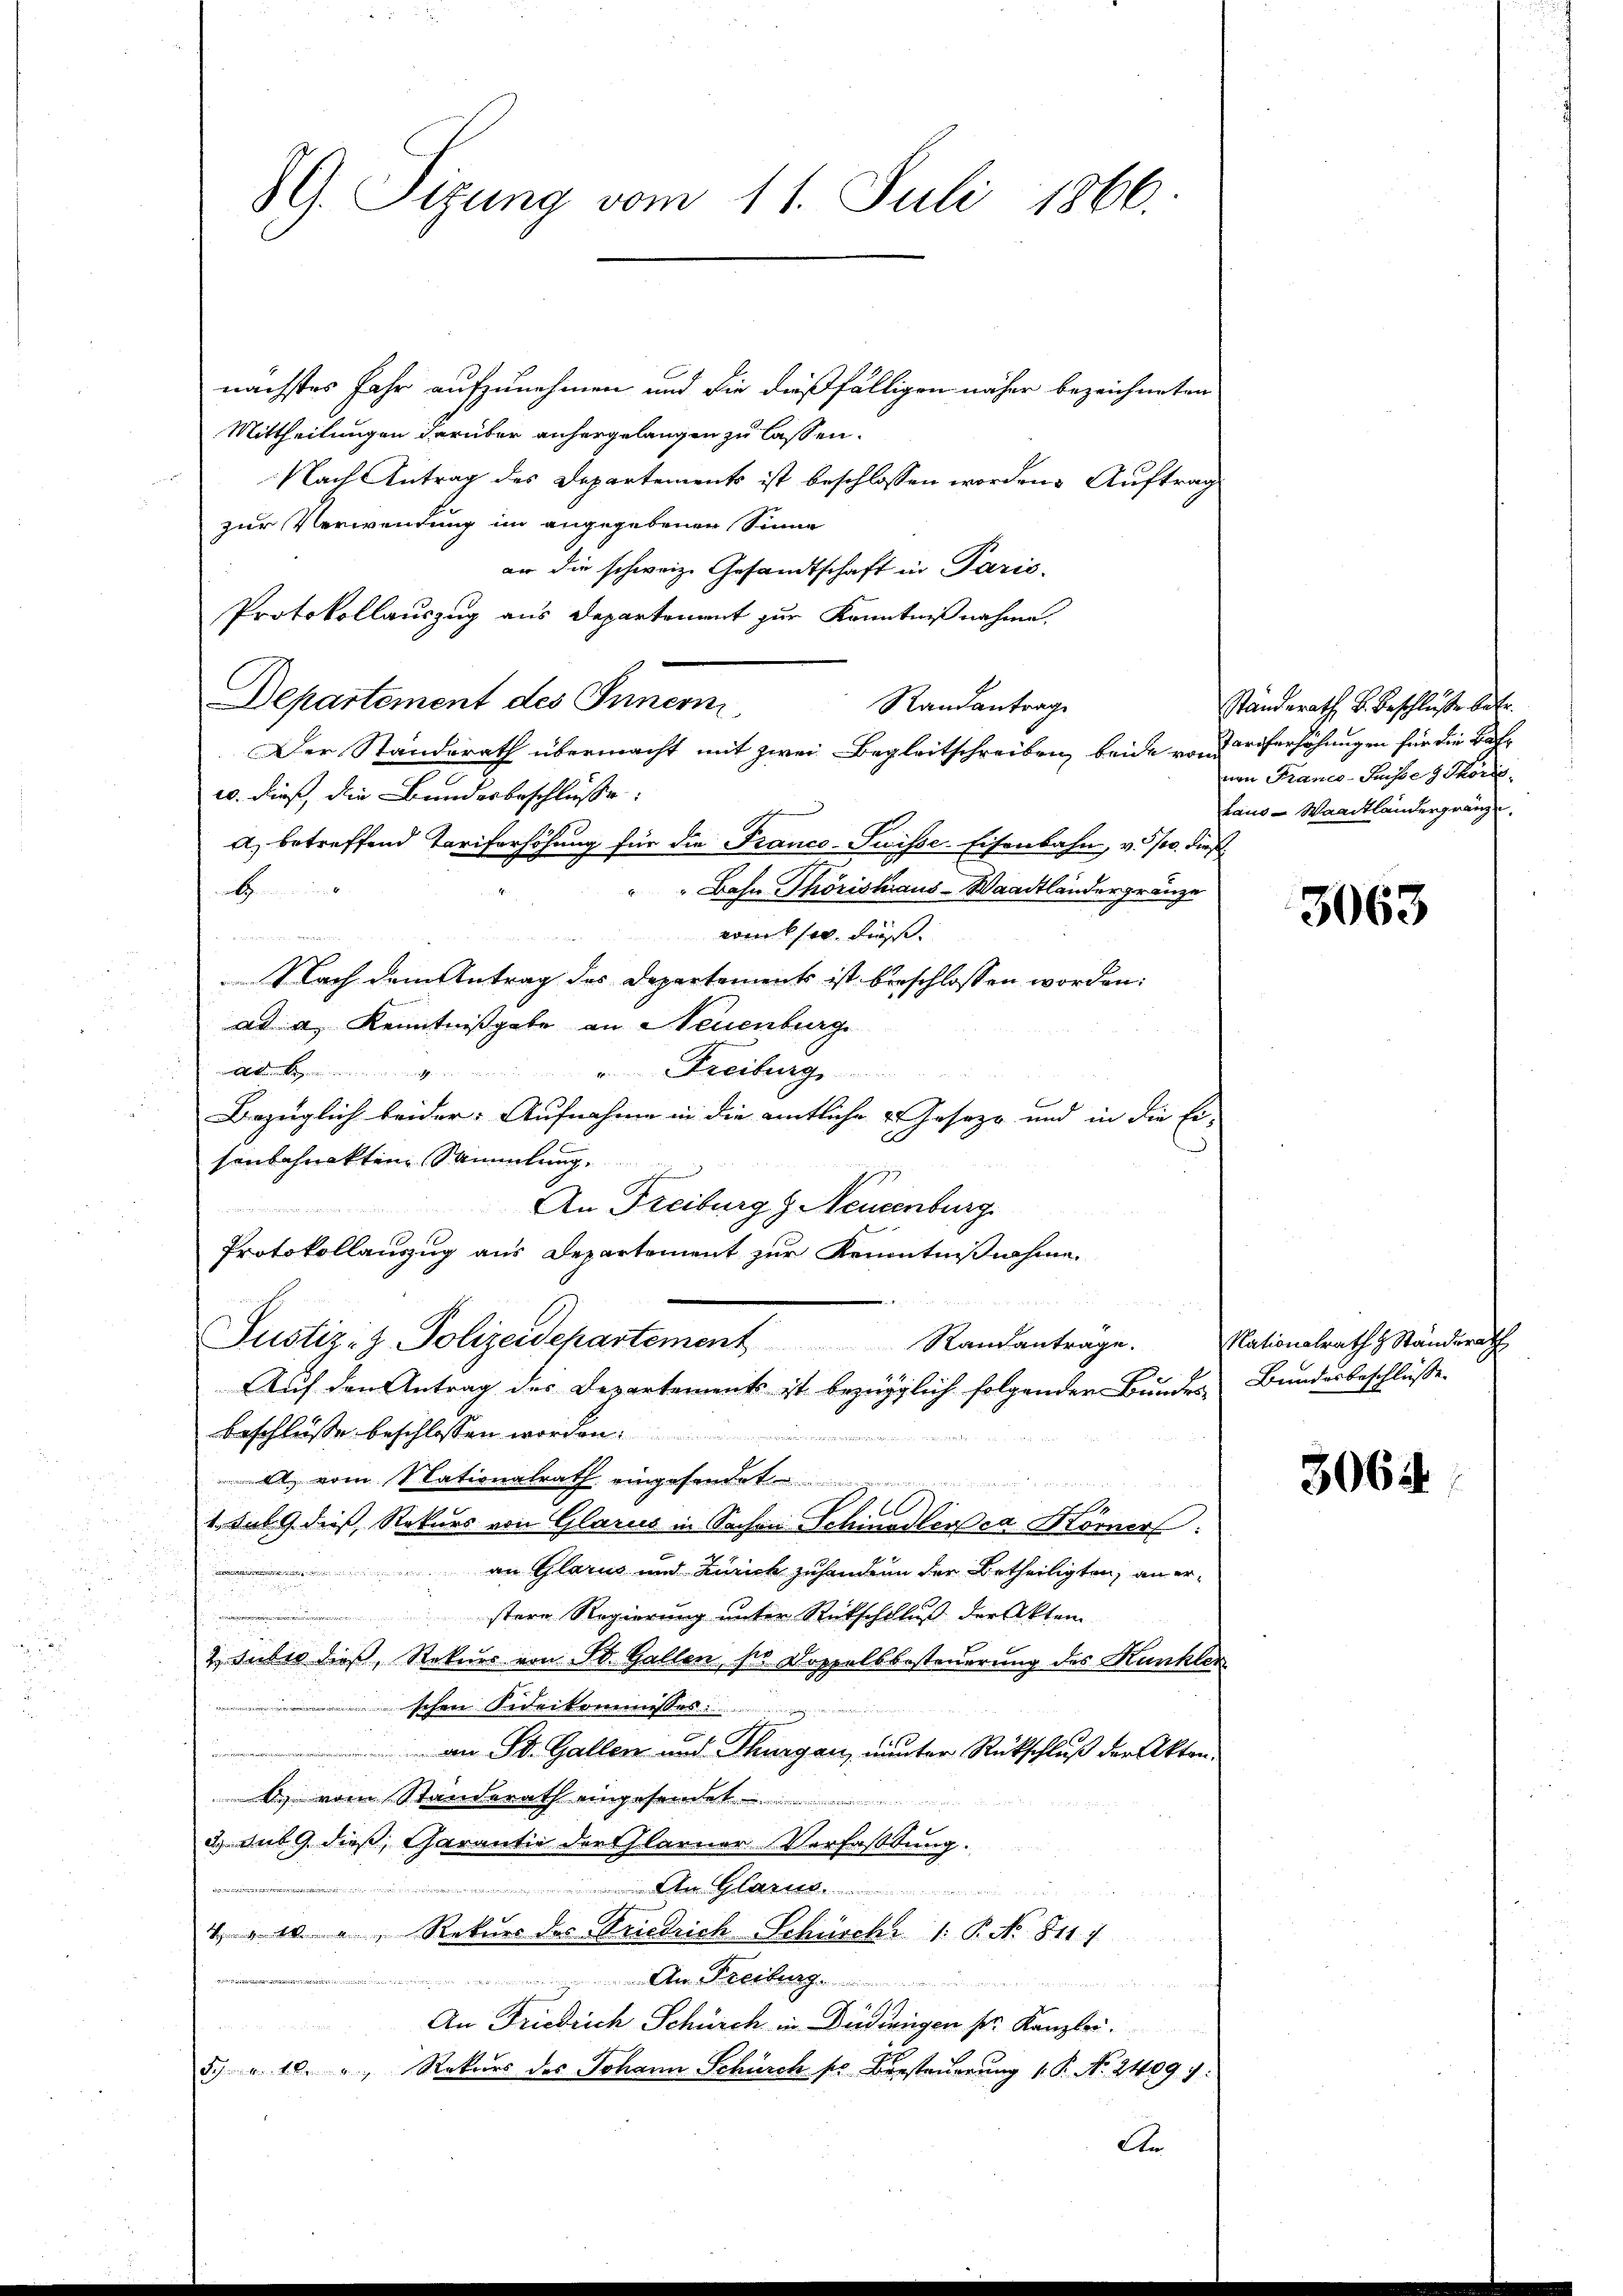
89. Sizung vom 11. Juli 1866.

nächstes Jahr aufzunehmen und die dießfälligen näher bezeichneten
Mittheilungen darüber anhergelangen zu lassen.
Nach Antrag des Departements ist beschlossen worden. Auftrag
zur Verwendung im angegebenen Sinne
en die schweiz. Gesandtschaft in Paris.
Protokollauszug aus Departement zur Kenntnißnahme
Departement des Innern,
u. dieß, die Bundesbeschlusse:
a) betreffend Tariferhöhung für die Franco-Suisse-Eisenbahn, v. Js. dieß
Bahn Thörishaus-Waadtländer gränze
H
s
voit so daß
Nach dem Antrag des Departements ist beschlossen worden:
ad a. Kenntnißgabe an Neuenburg
keigen gemache
" Freiburg
Bezüglich beider: Aufnahme in die amtliche u. Josepo und in die Er-
A
senbahnakten Sammlung.
7
An Freiburg z. Neuenburg

Protokollauszug aus Departement zur Kenntnißnahme
Justiz- & Polizeidepartement Randanträge.
Auf den Antrag des Departements ist bezüglich folgender Bundes Bundesbeschlüsse.
Beschlüsse beschlossen worden.
w vom Nationalrath eingesendet
800
1. sub. 9. dieß Rekurs von Glarus in Sachen Schinedler ca Körner:
an Glarus und Zürich zuhandern der Betheiligten, an er¬

stere Regierung unter Rückschallus der Aktem
2 dubio dieß, Rekurs von St. Gallen, sie Doppelsbesteuerung des Kunkler
schen Fideikommesses
a
 von St. Gallen und Thurgau, unter Rückschluß der Akten¬
O. vom Standerath eingesendet
3.) Aus 9. dieß, Charantie der Glarner Verfaßtung.
Aer Glarus
t
4. v. a. Rekurs des Friedrich Schuschi 1: P. No 811. J
 A. Hebung

4 f
An Friedrich Schürch in Bedingen fr. Kanzlei.
s
5. u. 10. " Rekurs des Johann Schurch sr Besteuerung 1. P. Nr. 2409. 1.
An

Randantrag
Der Standerath übermacht mit zwei Begleitschreiben, beide von Weiserhöhungen für die Befr

ständerath v. Beschluße betr.
nvon Franco-Suisse z. Thoris
taus Waadtländergränze

3063

Nationalrath & Standsrath

3064